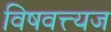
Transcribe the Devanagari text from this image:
विषवत्त्यज